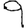
Digit: 9